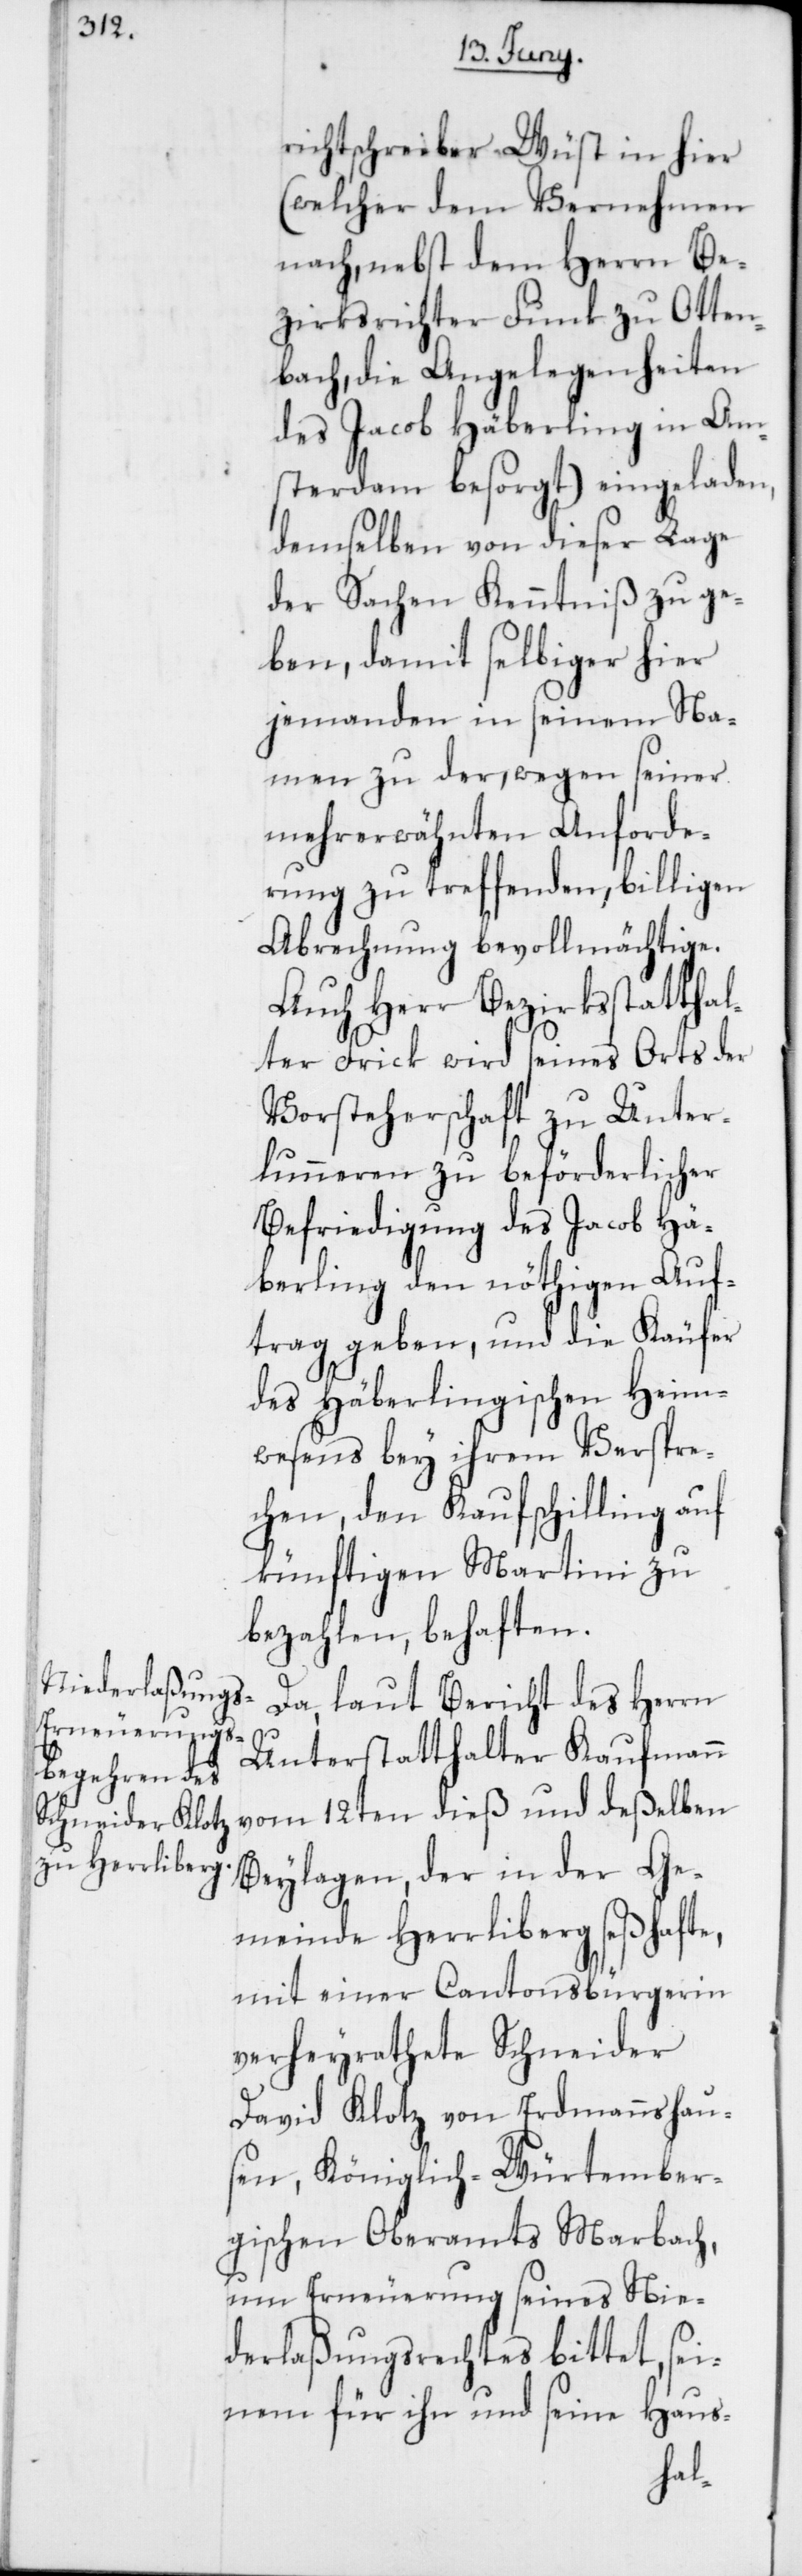
richtschreiber Wüst in hier
(welcher dem Vernehmen
nach, nebst dem Herrn Be¬
zirksrichter Funk zu Otten¬
bach, die Angelegenheiten
des Jacob Häberling in Am¬
sterdam besorgt) eingeladen,
demselben von dieser Lage
der Sachen Kenntniß zu ge¬
ben, damit selbiger hier
jemanden in seinem Na¬
men zu der, wegen seiner
mehrerwähnten Anforde¬
rung zu treffenden, billigen
Abrechnung bevollmächtige.
Auch Herr Bezirksstatthal¬
ter Frick wird seines Orts der
Vorsteherschaft zu Unter¬
lunneren zu beförderlicher
Befriedigung des Jacob Hä¬
berling den nöthigen Auf¬
trag geben, und die Käufer
des Häberlingischen Heim¬
wesens bey ihrem Verspre¬
chen, den Kaufschilling auf
künftigen Martini zu
bezahlen, behaften.
Da, laut Bericht des Herrn
Unterstatthalter Kaufmann
vom 12ten dieß und deßelben
Beylagen, der in der Ge¬
meinde Herrliberg seßhafte,
mit einer Cantonsbürgerin
verheyrathete Schneider
David Klotz von Erdmannshau¬
sen, Königlich-Würtember¬
gischen Oberamts Marbach,
um Erneuerung seines Nie¬
derlaßungsrechtes bittet, sei¬
nem für ihn und seine Haus-